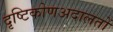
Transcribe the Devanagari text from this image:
दृष्टिकोणअदालतों